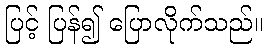
ပြင့် ပြန်၍ ပြောလိုက်သည်။